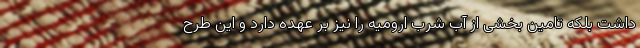
داشت بلکه تامین بخشی از آب شرب ارومیه را نیز بر عهده دارد و این طرح